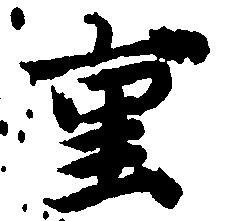
重